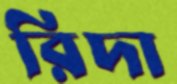
রিদা